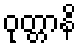
ဝုတ္တာနိ